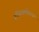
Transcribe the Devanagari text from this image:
हस्तिचर्मांबरधर